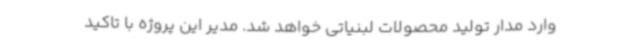
وارد مدار تولید محصولات لبنیاتی خواهد شد. مدیر این پروژه با تاکید